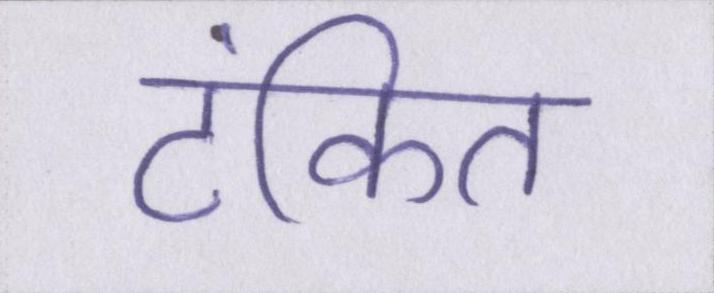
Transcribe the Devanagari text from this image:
टंकित